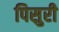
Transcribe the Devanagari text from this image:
पिसुरी